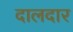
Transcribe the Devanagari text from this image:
दालदार